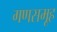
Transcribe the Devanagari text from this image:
गणसमूह